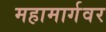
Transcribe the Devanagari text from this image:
महामार्गवर